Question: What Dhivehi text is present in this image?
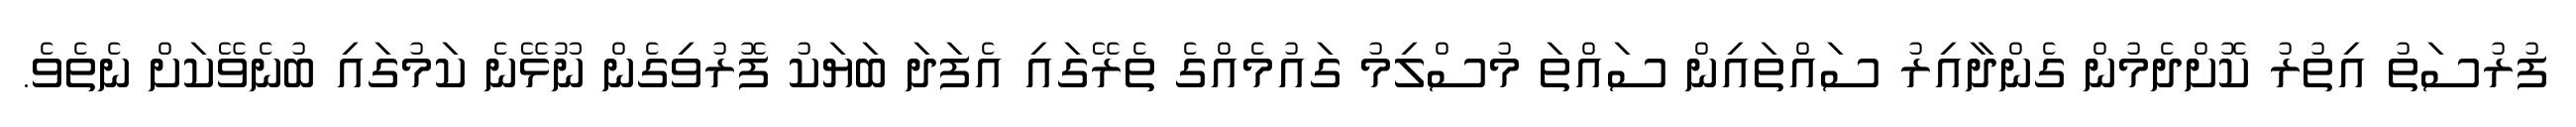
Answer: ފުރުސަތު އިތުރު ކޮށްދެމުން ގެންދާއިރު ސައްތައިން ސައްތަ މުސްލިމު ގައުމެއްގެ ތެރޭގައި އެފަދަ ބަޔަކު ފޮރުވިގެން ނޫޅޭނެ ކަމުގައި ބުނެވޭކަށް ނެތެވެ.